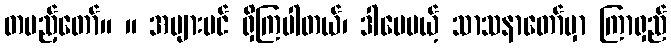
တပည့်တော်။ ။ အများပင် ရှိကြပါတယ်၊ ဒါပေမယ့် သာသနာတော်မှာ ကြာရှည်